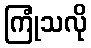
ကြုံသလို